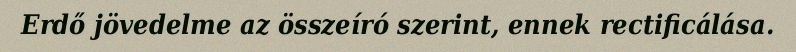
Erdő jövedelme az összeíró szerint, ennek rectificálása.